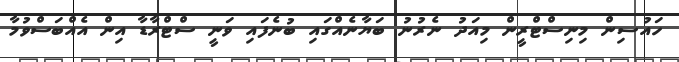
ހައުސިން މިނިސްޓްރީން މިއަދު ނެރުނު ބަޔާނެއްގައި ބުނެފައި ވަނީ ސްޓްރާޑާ އިން އެއްބަސްވުމާ